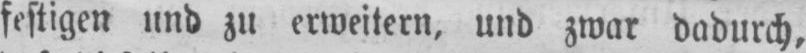
festigen und zu erweitern, und zwar dadurch,